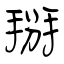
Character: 掰